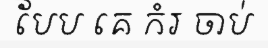
បែប គេ កំរ ចាប់